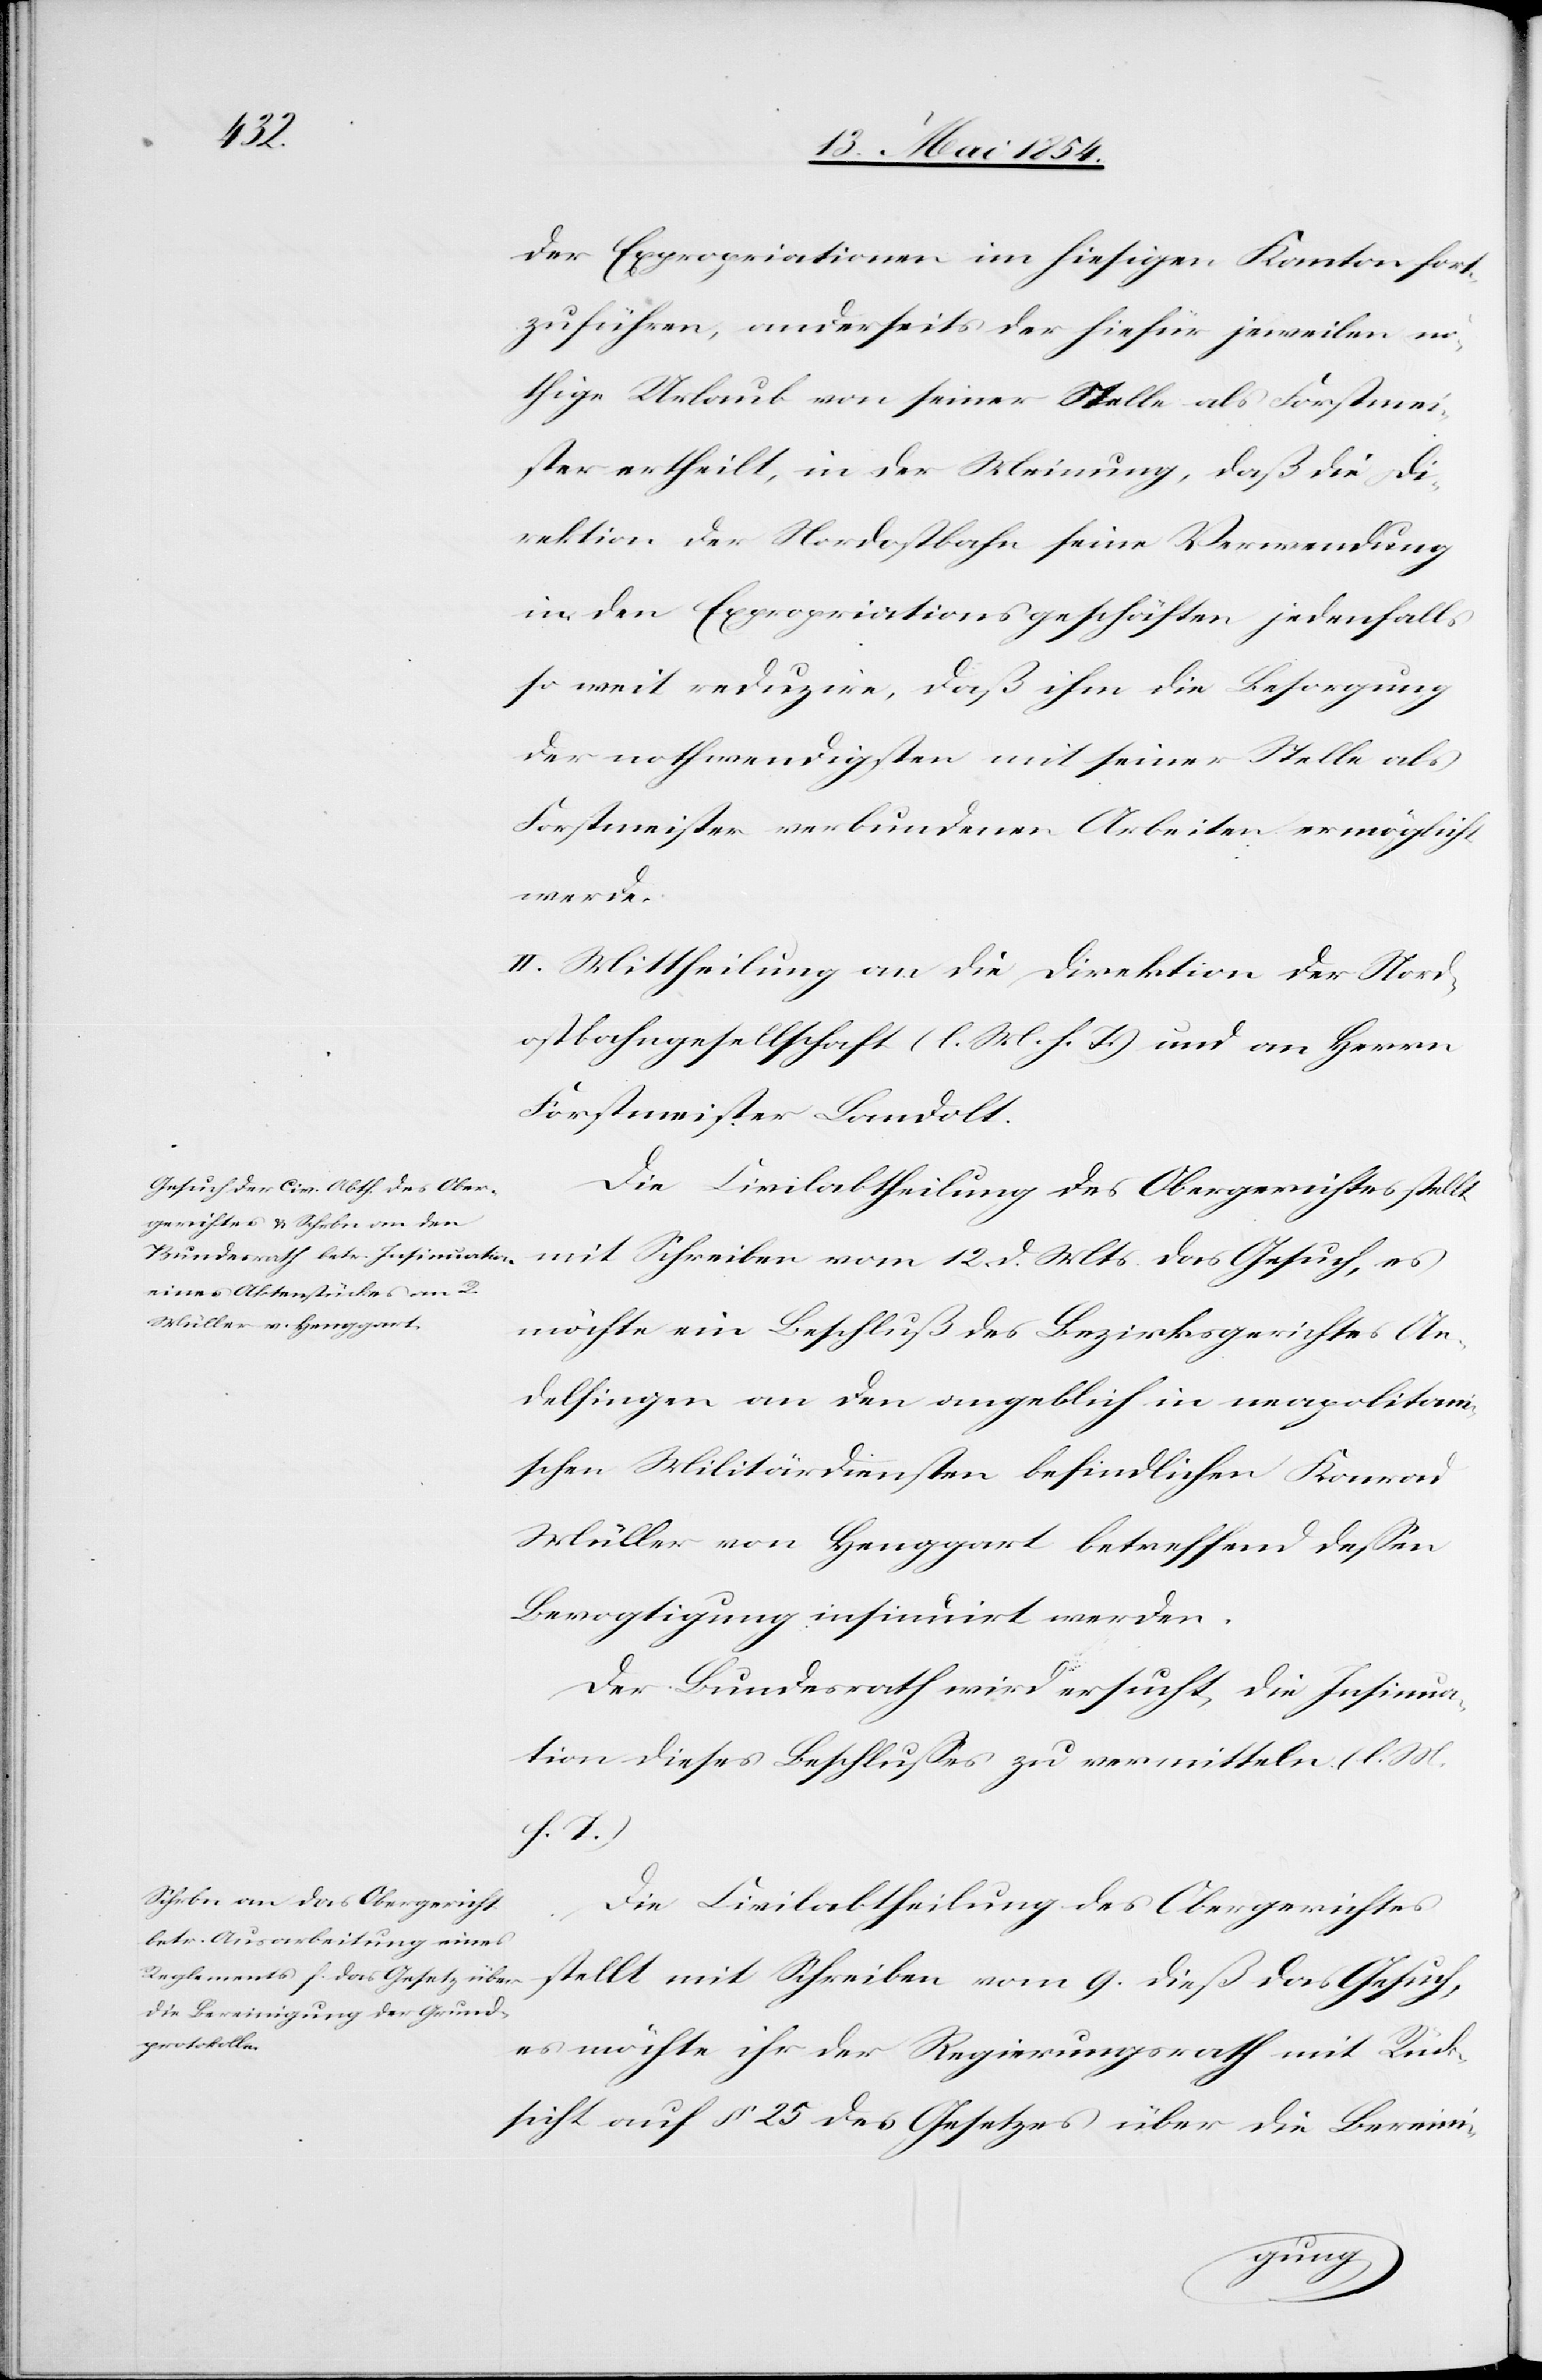
der Expropriationen im hiesigen Kanton fort¬
zuführen, anderseits der hiefür jeweilen nö¬
thige Urlaub von seiner Stelle als Forstmei¬
ster ertheilt, in der Meinung, da die Di¬
rektion der Nordostbahn seine Verwendung
in den Expropriationsgeschäften jedenfalls
so weit reduzire, daß ihm die Besorgung
der nothwendigsten mit seiner Stelle als
Forstmeister verbundenen Arbeiten ermöglicht
werde.
II. Mittheilung an die Direktion der Nord¬
ostbahngesellschaft (l. M. h. T.) und an Herrn
Forstmeister Landolt.
Die Civilabtheilung des Obergerichtes stellt
mit Schreiben vom 12. d. Mts. das Gesuch, es
möchte ein Beschluß des Bezirksgerichtes An¬
delfingen an den angeblich in neapolitani¬
schen Militärdiensten befindlichen Konrad
Müller von Henggart betreffend deßen
Bevogtigung insinuirt werden.
Der Bundesrath wird ersucht, die Insinua¬
tion dieses Beschlußes zu vermitteln. (l. M.
9. dieß
es möchte ihr der Regierungsrath mit Rück¬
sicht auf § 25 des Gesetzes über die Bereini-